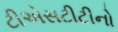
ટીએસટીટીનો